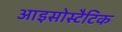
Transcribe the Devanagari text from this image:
आइसोस्टैटिक